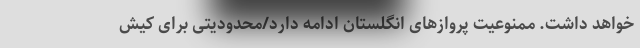
خواهد داشت. ممنوعیت پرواز‌های انگلستان ادامه دارد/محدودیتی برای کیش